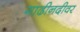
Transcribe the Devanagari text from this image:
गाढीनदीवर